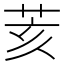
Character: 荄